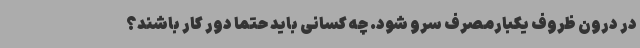
در درون ظروف یکبار‌مصرف سرو شود. چه کسانی باید حتما دور کار باشند؟